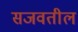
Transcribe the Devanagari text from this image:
सजवतील